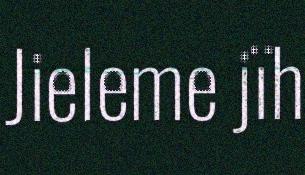
Jieleme jïh